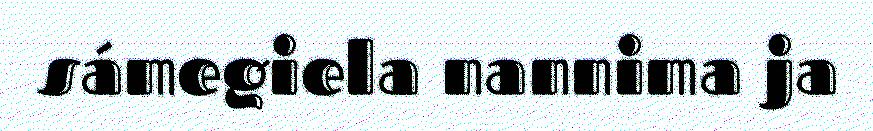
sámegiela nannima ja